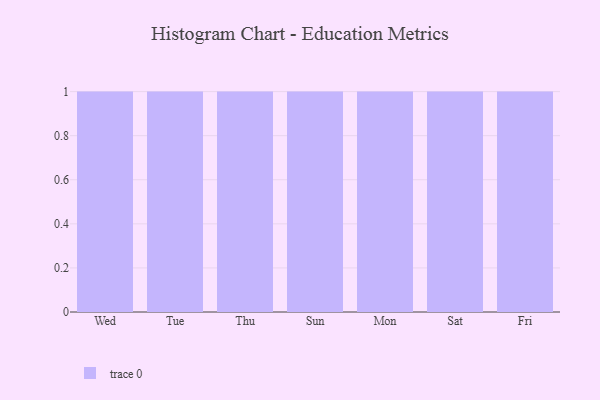
{"axis": {"x": "Day", "y": "Production Output"}, "legend": [""], "data": [{"x": "Wed", "y": 28, "type": ""}, {"x": "Tue", "y": 87, "type": ""}, {"x": "Thu", "y": 28, "type": ""}, {"x": "Sun", "y": 93, "type": ""}, {"x": "Mon", "y": 80, "type": ""}, {"x": "Sat", "y": 82, "type": ""}, {"x": "Fri", "y": 66, "type": ""}]}